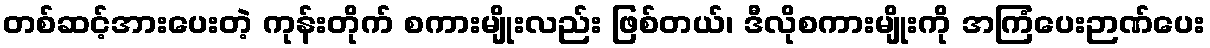
တစ်ဆင့်အားပေးတဲ့ ကုန်းတိုက် စကားမျိုးလည်း ဖြစ်တယ်၊ ဒီလိုစကားမျိုးကို အကြံပေးဉာဏ်ပေး